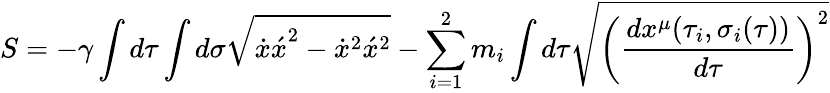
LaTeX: S=-\gamma\int d\tau\int d\sigma\sqrt{{\dot{x}\acute{x}}^{2}-{\dot{x}}^{2}{\acute{x}}^{2}}-\sum_{i=1}^{2}m_{i}\int d\tau\sqrt{{\left(\frac{dx^{\mu}({\tau}_{i},{\sigma}_{i}(\tau))}{d\tau}\right)}^{2}}